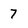
Character: 7